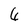
Character: 6